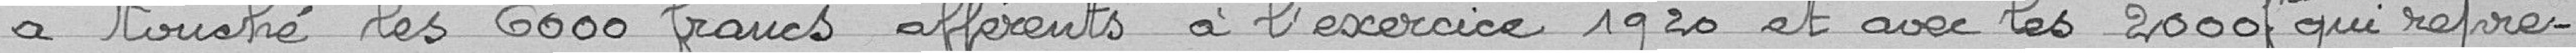
a touché les 6000 francs afférents à l'exercice 1920 et avec les 2000 francs qui repré-